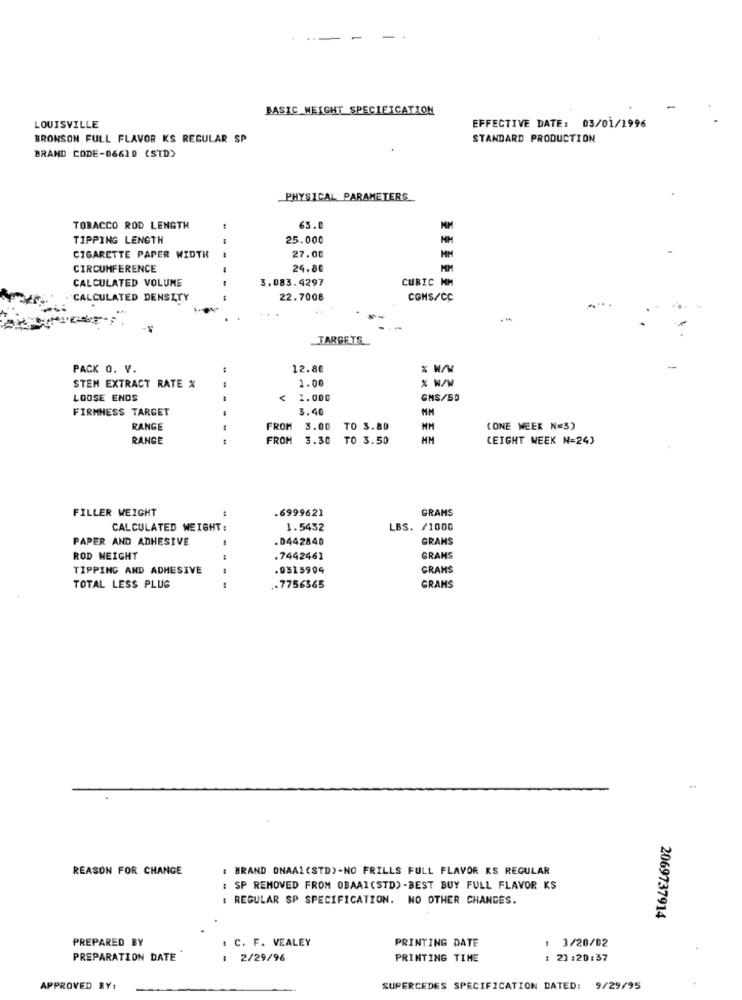
BASIC WEIGHT SPECIFICATION
LOUISVILLE
EFFECTIVE DATE: 03/01/1996
BRONSON FULL FLAVOR KS REGULAR SP
STANDARD PRODUCTION
BRAND CODE-06610 (STD)
PHYSICAL PARAMETERS
TOBACCO ROD LENGTH
..
63.
TIPPING LENGTH
25.000
NH
CIGARETTE PAPER WIDTH
27.00
HM
CIRCUMFERENCE
24.80
CALCULATED VOLUME
3,083.4297
CUBIC MM
CALCULATED DENSITY
22.7008
CGHS/CC
TARGETS
PACK O. V.
12.80
1.00
% W/W
STEM EXTRACT RATE %
LOOSE ENDS
2.000
GMS/50
FIRMNESS TARGET
3.40
RANGE
FROM
3.00
TO 3.80
MM
(ONE WEEK N=3)
RANGE
1
FROM 3.30 TO 3.50
HM
(EIGHT WEEK N=24)
FILLER WEIGHT
.6999621
GRAMS
CALCULATED WEIGHT:
1.5432
LBS. /1000
PAPER AND ADHESIVE
0442840
GRANS
ROD WEIGHT
.7442461
GRAHS
TIPPING AND ADHESIVE
.0515904
GRAMS
TOTAL LESS PLUG
.7756365
GRAMS
REASON FOR CHANGE
: BRAND ONAAL (STD)-NO FRILLS FULL FLAVOR KS REGULAR
: SP REMOVED FROM OBAAI(STD) -BEST BUY FULL FLAVOR KS
: REGULAR SP SPECIFICATION. NO OTHER CHANGES.
2069737914
PREPARED BY
1 C. F. VEALEY
PRINTING DATE
: 3/20/02
PREPARATION DATE
: 2/29/96
PRINTING TIME
: 21:20:37
APPROVED BY:
SUPERCEDES SPECIFICATION DATED: 9/29/95